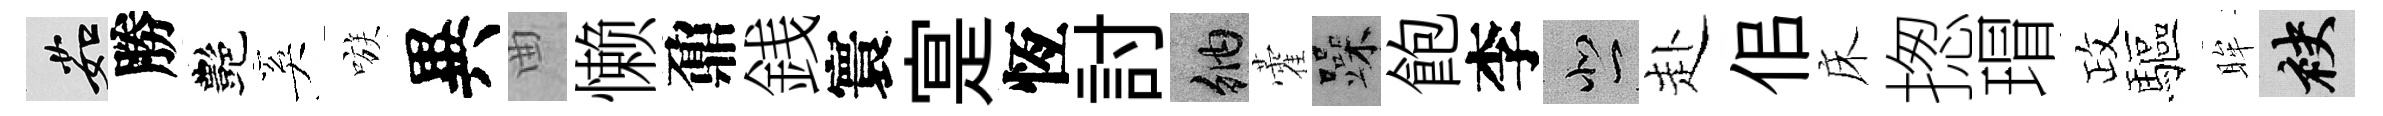
茹勝艷奚嗾異曲懒鼐銭寰寔恆討納藿躁飽李悲赴佀床揔瑁政驅眸袂